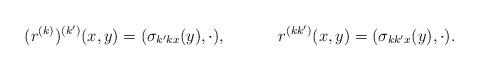
LaTeX: \begin{align*}(r^{(k)})^{(k')} (x,y) &= (\sigma_{k'kx}(y),\cdot),& r^{(kk')}(x,y)&= (\sigma_{kk'x}(y),\cdot).\end{align*}